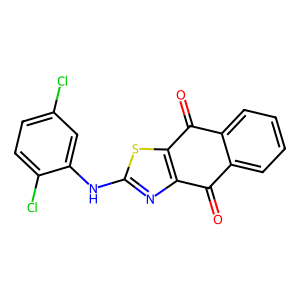
SMILES: O=C1c2ccccc2C(=O)c2sc(Nc3cc(Cl)ccc3Cl)nc21
Inhibits HIV replication: No